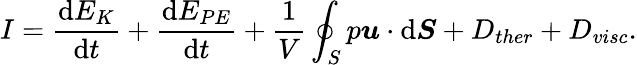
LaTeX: I=\frac{\mathrm{d}E_{K}}{\mathrm{d}t}+\frac{\mathrm{d}E_{PE}}{\mathrm{d}t}+\frac{1}{V}\oint_{S}p\boldsymbol{u}\cdot\mathrm{d}\boldsymbol{S}+D_{ther}+D_{visc}.